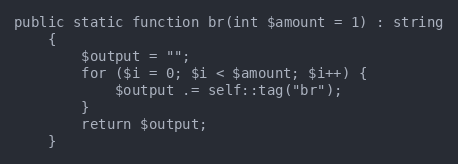
Language: PHP
public static function br(int $amount = 1) : string
    {
        $output = "";
        for ($i = 0; $i < $amount; $i++) {
            $output .= self::tag("br");
        }
        return $output;
    }